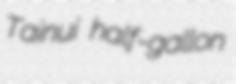
Tainui half-gallon